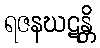
ရဇနဃဋန္တိ